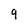
Character: 9